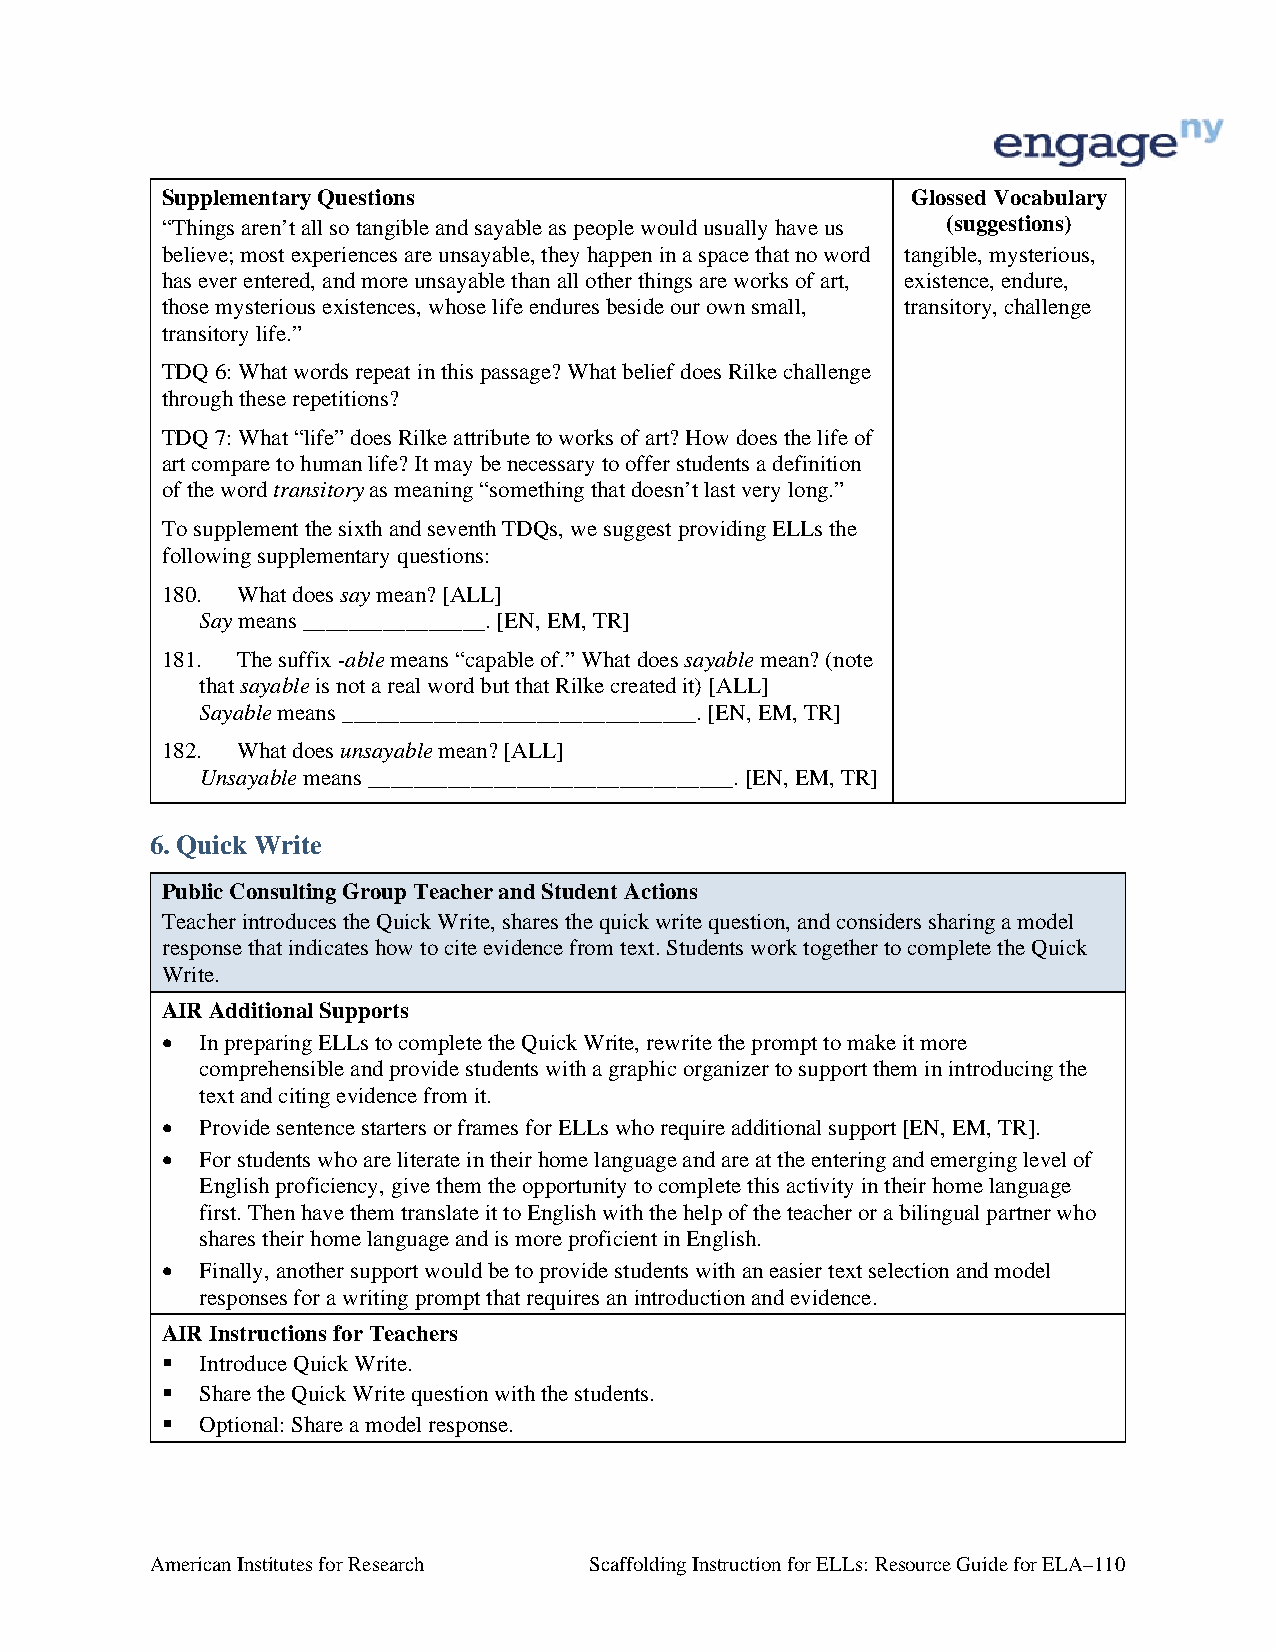
Supplementary Questions                          Glossed Vocabulary
 “Things aren’t all so tangible and sayable as people would usually have us (suggestions)
 believe; most experiences are unsayable, they happen in a space that no word tangible, mysterious,
 has ever entered, and more unsayable than all other things are works of art, existence, endure,
 those mysterious existences, whose life endures beside our own small, transitory, challenge
 transitory life.”
 TDQ 6: What words repeat in this passage? What belief does Rilke challenge
 through these repetitions?
 TDQ 7: What “life” does Rilke attribute to works of art? How does the life of
 art compare to human life? It may be necessary to offer students a definition
 of the word transitory as meaning “something that doesn’t last very long.”
 To supplement the sixth and seventh TDQs, we suggest providing ELLs the
 following supplementary questions:
 180. What does say mean? [ALL]
 Say means ________________. [EN, EM, TR]
 181. The suffix -able means “capable of.” What does sayable mean? (note
 that sayable is not a real word but that Rilke created it) [ALL]
 Sayable means _______________________________. [EN, EM, TR]
 182. What does unsayable mean? [ALL]
 Unsayable means ________________________________. [EN, EM, TR]
 6. Quick Write
 Public Consulting Group Teacher and Student Actions
 Teacher introduces the Quick Write, shares the quick write question, and considers sharing a model
 response that indicates how to cite evidence from text. Students work together to complete the Quick
 Write.
 AIR Additional Supports
  In preparing ELLs to complete the Quick Write, rewrite the prompt to make it more
 comprehensible and provide students with a graphic organizer to support them in introducing the
 text and citing evidence from it.
  Provide sentence starters or frames for ELLs who require additional support [EN, EM, TR].
  For students who are literate in their home language and are at the entering and emerging level of
 English proficiency, give them the opportunity to complete this activity in their home language
 first. Then have them translate it to English with the help of the teacher or a bilingual partner who
 shares their home language and is more proficient in English.
  Finally, another support would be to provide students with an easier text selection and model
 responses for a writing prompt that requires an introduction and evidence.
 AIR Instructions for Teachers
  Introduce Quick Write.
  Share the Quick Write question with the students.
  Optional: Share a model response.
 American Institutes for Research Scaffolding Instruction for ELLs: Resource Guide for ELA–110